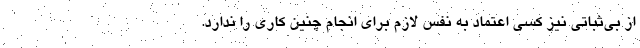
از بی‌ثباتی نیز کسی اعتماد به نفس لازم برای انجام چنین کاری را ندارد.